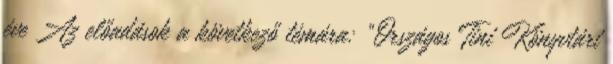
éve Az előadások a következő témára: "Országos Tini Könyvtári